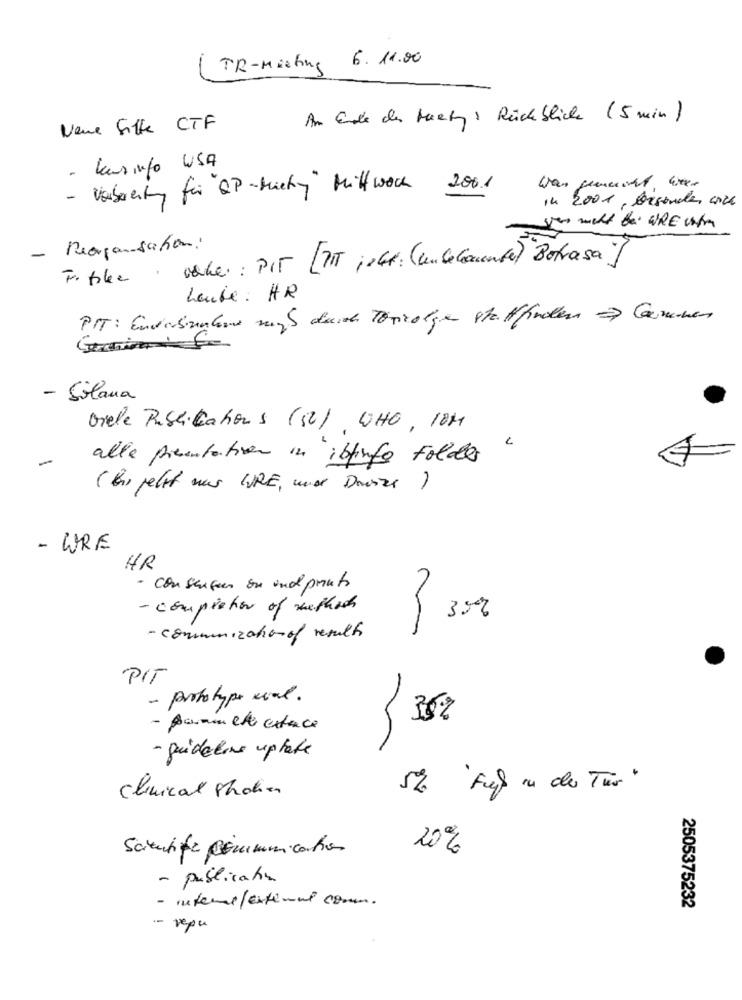
TR-Meeting 6.11.00
Am Ende des Hartz: Rückbliche (5 min )
Neue Sitte CTF
- Lensinfo USA
- Vaberty for OP-Micky Mittwoch 2001
14 2001, borsonder cz
- Reorganisation:
Foibles wake: PIT LITT ;Gt; (unlecomente) Borrasa ]
Leute : HR
PIT: Endersinglese muß durch Törzolgen stattfinden » Qmmen
- Solana
Viele Publications (52), WHO, 10H
alle presentation in ibfinfo Folder "
(bi jekt was URE, und Dieser )
- WRE
HR
· Consensus on und pouts
- completion of methods
- communication of results
PIT
- prototype wal.
35%
- pannelli extrace
- guideline uptake
clinical shaken
5% 'Fugl ou des Tur "
20%
- publication
- interi/External com.
2505375232
- repu